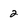
Character: 2